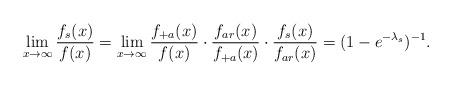
LaTeX: \begin{align*} \lim_{x\to\infty} \frac{f_s(x)}{f(x)}= \lim_{x\to\infty} \frac{f_{+a}(x)}{f(x)}\cdot \frac{f_{ar}(x)}{f_{+a}(x)}\cdot\frac{f_s(x)}{f_{ar}(x)} =(1-e^{-\lambda_s})^{-1}. \end{align*}